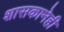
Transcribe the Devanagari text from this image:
शासकानेही